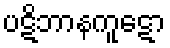
ပဋိဘာနကူဋော